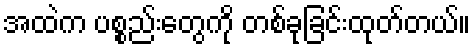
အထဲက ပစ္စည်းတွေကို တစ်ခုခြင်းထုတ်တယ်။